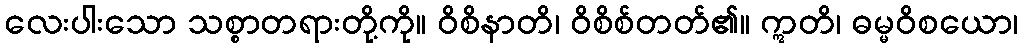
လေးပါးသော သစ္စာတရားတို့ကို။ ဝိစိနာတိ၊ ဝိစိစ်တတ်၏။ ဣတိ၊ ဓမ္မဝိစယော၊